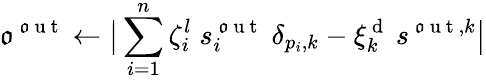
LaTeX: \mathfrak{o}^{\mathrm{{~\mathfrak{o}~u~t~}}}\gets\big\lvert\sum_{i=1}^{n}\zeta_{i}^{l}\; s_{i}^{\mathrm{{~\mathfrak{o}~u~t~}}}\; \delta_{p_{i},k}-\xi_{k}^{\mathrm{{~d~}}}\: s^{\mathrm{{~\mathfrak{o}~u~t~}},k}\big\rvert